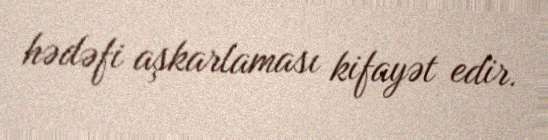
hədəfi aşkarlaması kifayət edir.